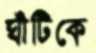
ঘাঁটিকে